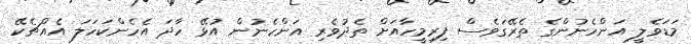
މަޑަވެލީ އަންހެނުންގެ ތެރޭގަވެސް ފިރިމީހާއަށް ތެދުވެރި އަންހެނުން އުޅޭ ހާދަ އެހެންކަހަލަ އެއްޗެކޭ